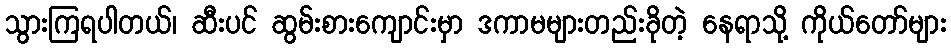
သွားကြရပါတယ်၊ ဆီးပင် ဆွမ်းစားကျောင်းမှာ ဒကာမများတည်းခိုတဲ့ နေရာသို့ ကိုယ်တော်များ